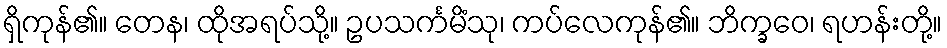
ရှိကုန်၏။ တေန၊ ထိုအရပ်သို့။ ဥပသင်္ကမိံသု၊ ကပ်လေကုန်၏။ ဘိက္ခဝေ၊ ရဟန်းတို့။